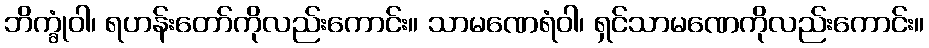
ဘိက္ခုံဝါ၊ ရဟန်းတော်ကိုလည်းကောင်း။ သာမဏေရံဝါ၊ ရှင်သာမဏေကိုလည်းကောင်း။